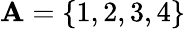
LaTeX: \mathbf{A}=\{ 1,2,3,4\}